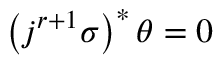
\left( j ^ { r + 1 } \sigma \right) ^ { * } \theta = 0